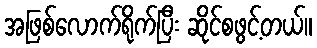
အဖြစ်လောက်ရိုက်ပြီး ဆိုင်စဖွင့်တယ်။